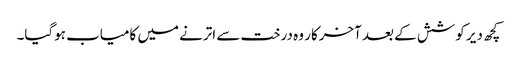
کچھ دیر کوشش کے بعد آخرکار وہ درخت سے اترنے میں کامیاب ہوگیا۔